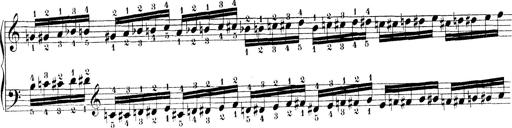
Title: Technische Studien
Composer: Franz Liszt